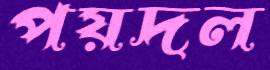
পয়দল